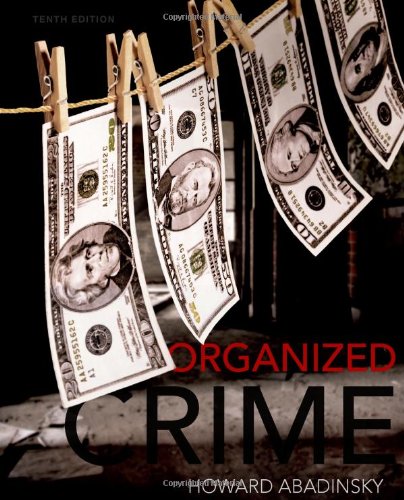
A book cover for Organized Crime; Howard Abadinsky; Biographies & Memoirs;